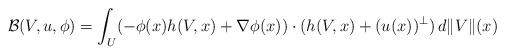
LaTeX: \begin{align*}{\mathcal B}(V,u,\phi) =\int_U (-\phi(x)h(V,x)+\nabla\phi(x))\cdot(h(V,x)+(u(x))^{\perp})\, d\|V\|(x)\end{align*}